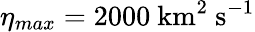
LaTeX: \eta_{max}=2000\ \mathrm{km^{2}\ s^{-1}}